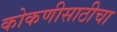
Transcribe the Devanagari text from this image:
कोकणीसाठीचा